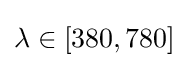
\lambda \in [380,780]